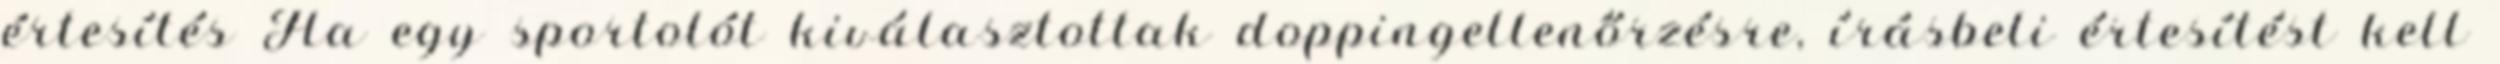
értesítés Ha egy sportolót kiválasztottak doppingellenőrzésre, írásbeli értesítést kell